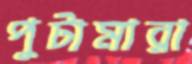
পুটামারা